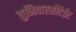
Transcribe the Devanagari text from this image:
युनिवारसीटेईट